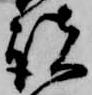
諸